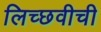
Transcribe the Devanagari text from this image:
लिच्छवीची